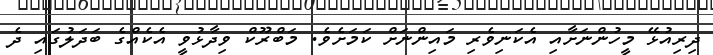
ދިރިއުޅޭ މީހުންނަށާއި އެކަނިވެރި މައިންނަށް ކަމަށެވެ. މަބްރޫކް ވިދާޅުވީ އެކެއްގެ ބަދަލުގައި ދެ